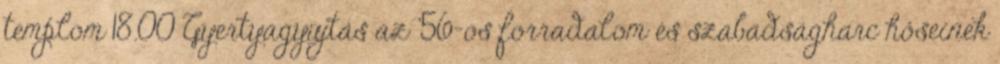
templom 18.00 Gyertyagyújtás az ’56-os forradalom és szabadságharc hőseinek